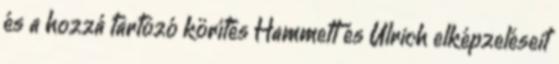
és a hozzá tartozó körítés Hammett és Ulrich elképzeléseit